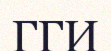
ГГИ